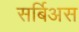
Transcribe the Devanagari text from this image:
सर्बिअस